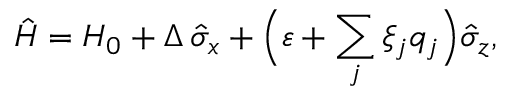
\hat { H } = H _ { 0 } + \Delta \, \hat { \sigma } _ { x } + \Bigl ( \varepsilon + \sum _ { j } \xi _ { j } q _ { j } \Bigr ) \hat { \sigma } _ { z } ,